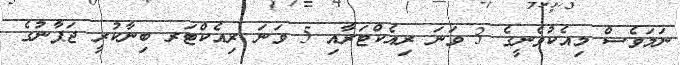
ނަމަވެސް މިއެކުވެނީގެ 3 ވަނަ ރިއެކްޓަރާއި 5 ވަނަ ރިއެކްޓަރ ބިނާކުރީ ޖަޕާނުގެ